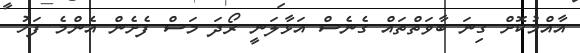
އާއްމުކޮށް ގިނަ ބާވަތްތައް ގެނެސް އަޅާލަނީ ރޯދަ މަސް ފެށެން އެންމެ ފަހު